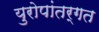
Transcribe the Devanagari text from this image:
युरोपांतर्गत